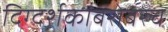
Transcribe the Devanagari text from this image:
दिग्दर्शकांबरोबरच